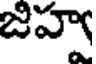
జిహ్వ